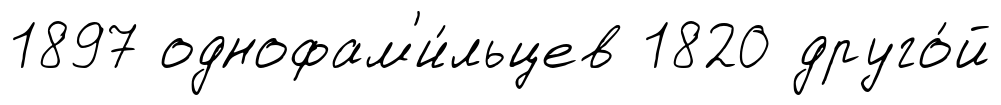
1897 однофам'и́льцев 1820 друго́й